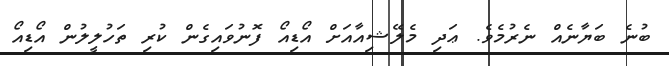
ބުނެ ބަޔާނެއް ނެރުމެވެ. ޢަދި މެލޭޝިއާއަށް އޯޑިއޯ ފޮނުވައިގެން ކުރި ތަހުލީލުން އޯޑިއޯ